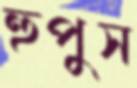
হুপুস